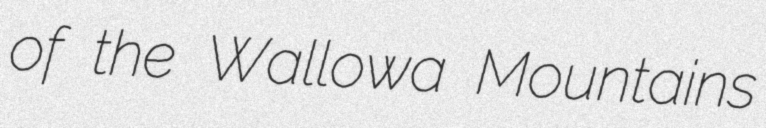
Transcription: of the Wallowa Mountains